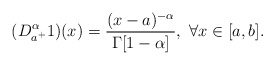
\begin{align*}( D _{a^+}^{\alpha} 1)(x)=\frac{(x-a)^{-\alpha}}{\Gamma[1-\alpha]}, \ \forall x\in [a, b].\end{align*}